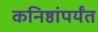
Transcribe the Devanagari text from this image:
कनिष्ठांपर्यंत